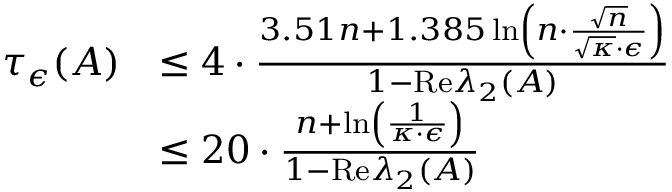
\begin{array} { r l } { \tau _ { \epsilon } ( A ) } & { \leq 4 \cdot \frac { 3 . 5 1 n + 1 . 3 8 5 \ln \left( n \cdot \frac { \sqrt { n } } { \sqrt { \kappa } \cdot \epsilon } \right) } { 1 - \mathrm { R e } \lambda _ { 2 } ( A ) } } \\ & { \leq 2 0 \cdot \frac { n + \ln \left( \frac { 1 } { \kappa \cdot \epsilon } \right) } { 1 - \mathrm { R e } \lambda _ { 2 } ( A ) } } \end{array}